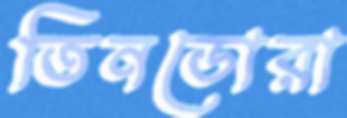
তিনডোরা